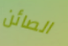
الصائن